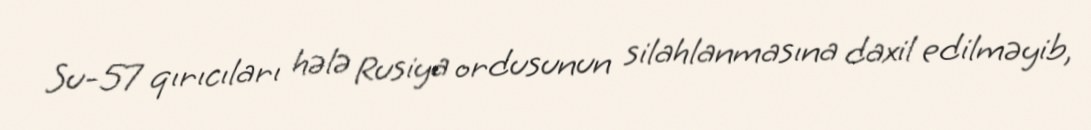
Su-57 qırıcıları hələ Rusiya ordusunun silahlanmasına daxil edilməyib,